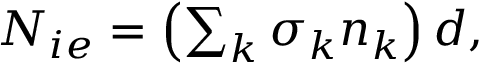
\begin{array} { r } { N _ { i e } = \left( \sum _ { k } \sigma _ { k } n _ { k } \right) d , } \end{array}